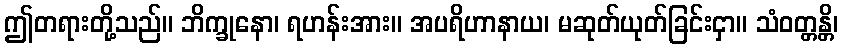
ဤတရားတို့သည်။ ဘိက္ခုနော၊ ရဟန်းအား။ အပရိဟာနာယ၊ မဆုတ်ယုတ်ခြင်းငှာ။ သံဝတ္တန္တိ၊